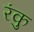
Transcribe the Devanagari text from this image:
रंकु